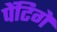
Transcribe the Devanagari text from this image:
पेंटिगे